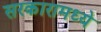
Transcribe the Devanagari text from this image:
सरकारामध्ये